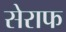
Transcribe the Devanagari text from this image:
सेराफ